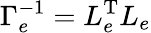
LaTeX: \Gamma_{e}^{-1}=L_{e}^{\mathrm{T}}L_{e}